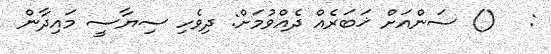
:   () ސަންއަށް ޚަބަރެއް ދެއްވުމަށް: ދިވެހި ސިޔާސީ މައިދާން